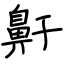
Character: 鼾